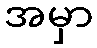
အမှာ